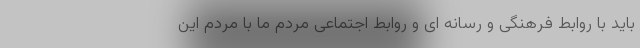
باید با روابط فرهنگی و رسانه ای و روابط اجتماعی مردم ما با مردم این